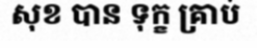
សុខ បាន ទុក្ខ គ្រាប់